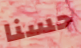
حسنا